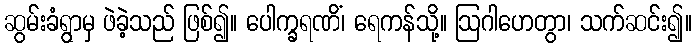
ဆွမ်းခံရွာမှ ဖဲခဲ့သည် ဖြစ်၍။ ပေါက္ခရဏိံ၊ ရေကန်သို့။ ဩဂါဟေတွာ၊ သက်ဆင်း၍။